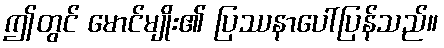
ဤတွင် မောင်မျိုး၏ ပြဿနာပေါ်ပြန်သည်။